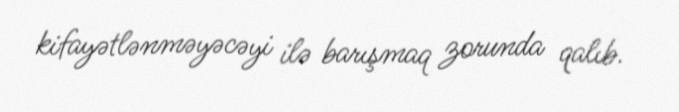
kifayətlənməyəcəyi ilə barışmaq zorunda qalıb.